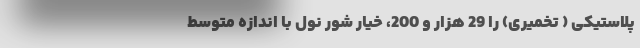
پلاستیکی ( تخمیری) را 29 هزار و 200، خیار شور نول با اندازه متوسط